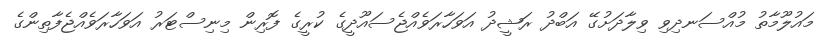
މައުލޫމާތު މުއްސަނދިވި ވިލާދަށުގޭ އަބްދު ރަޝީދު އަވަހާރަވެއްޖެސައޫދީގެ ކުރީގެ ފޮރިން މިނިސްޓަރު އަވަހާރަވެއްޖެފާތިންގެ